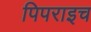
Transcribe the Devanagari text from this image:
पिपराइच